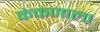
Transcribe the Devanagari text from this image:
कंकणाला